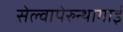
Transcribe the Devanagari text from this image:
सेल्वापेरुन्थागाई